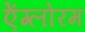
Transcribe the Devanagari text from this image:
ऐंग्लोरम